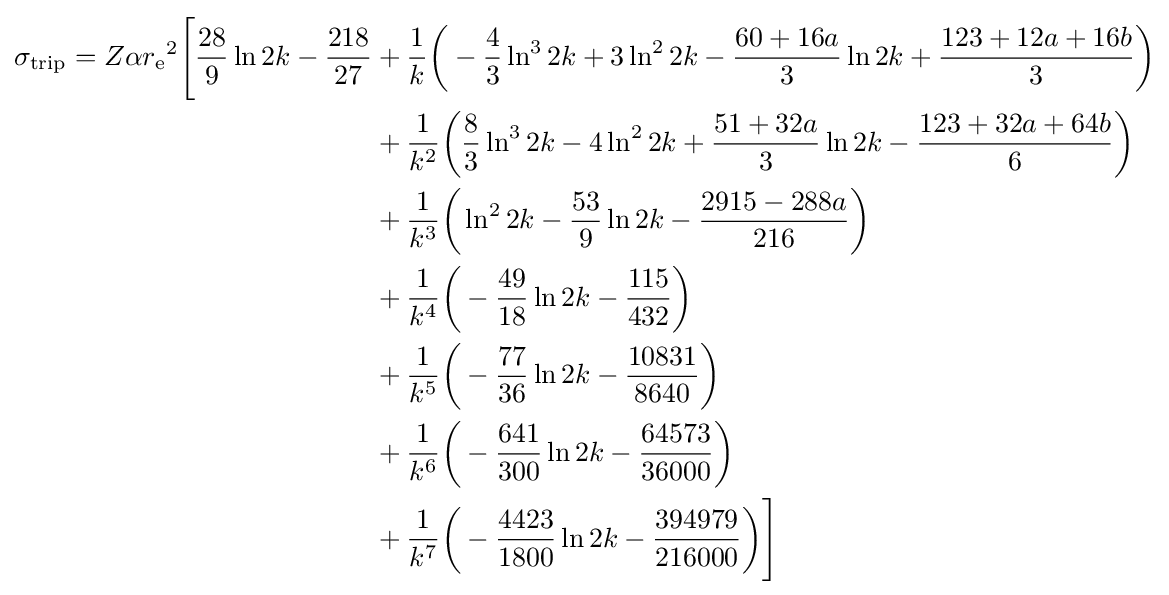
{\begin{aligned}\sigma _{\text{trip}}=Z\alpha {r_{\text{e}}}^{2}{\Biggl [}{\frac {28}{9}}\ln {2k}-{\frac {218}{27}}&+{\frac {1}{k}}{\biggl (}-{\frac {4}{3}}\ln ^{3}{2k}+3\ln ^{2}{2k}-{\frac {60+16a}{3}}\ln {2k}+{\frac {123+12a+16b}{3}}{\biggr )}\\&+{\frac {1}{k^{2}}}{\biggl (}{\frac {8}{3}}\ln ^{3}{2k}-4\ln ^{2}{2k}+{\frac {51+32a}{3}}\ln {2k}-{\frac {123+32a+64b}{6}}{\biggr )}\\&+{\frac {1}{k^{3}}}{\biggl (}\ln ^{2}{2k}-{\frac {53}{9}}\ln {2k}-{\frac {2915-288a}{216}}{\biggr )}\\&+{\frac {1}{k^{4}}}{\biggl (}-{\frac {49}{18}}\ln {2k}-{\frac {115}{432}}{\biggr )}\\&+{\frac {1}{k^{5}}}{\biggl (}-{\frac {77}{36}}\ln {2k}-{\frac {10831}{8640}}{\biggr )}\\&+{\frac {1}{k^{6}}}{\biggl (}-{\frac {641}{300}}\ln {2k}-{\frac {64573}{36000}}{\biggr )}\\&+{\frac {1}{k^{7}}}{\biggl (}-{\frac {4423}{1800}}\ln {2k}-{\frac {394979}{216000}}{\biggr )}{\Biggl ]}\end{aligned}}